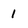
Character: 1